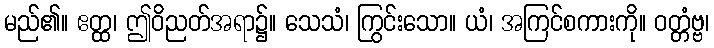
မည်၏။ ဧတ္ထ၊ ဤဝိညတ်အရာ၌။ သေသံ၊ ကြွင်းသော။ ယံ၊ အကြင်စကားကို။ ဝတ္တံဗ္ဗ၊